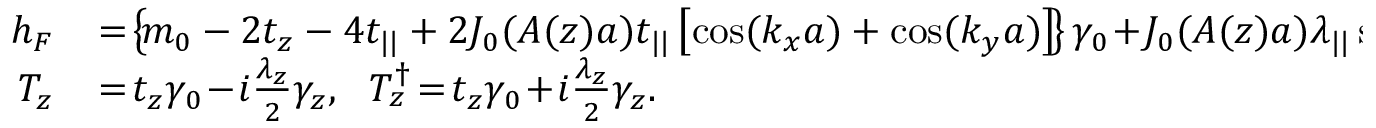
\begin{array} { r l } { h _ { F } } & { { } \! = \! \left\{ \! m _ { 0 } - 2 t _ { z } - 4 t _ { | | } + 2 { \cal J } _ { 0 } ( A ( z ) a ) t _ { | | } \left[ \cos ( k _ { x } a ) + \cos ( k _ { y } a ) \right] \! \right\} \gamma _ { 0 } \! + \! { \cal J } _ { 0 } ( A ( z ) a ) \lambda _ { | | } \sin ( k _ { x } a ) \gamma _ { x } \! + \! { \cal J } _ { 0 } ( A ( z ) a ) \lambda _ { | | } \sin ( k _ { y } a ) \gamma _ { y } } \\ { T _ { z } } & { { } \! = \! t _ { z } \gamma _ { 0 } \! - \! i \frac { \lambda _ { z } } { 2 } \gamma _ { z } , ~ ~ T _ { z } ^ { \dagger } \! = \! t _ { z } \gamma _ { 0 } \! + \! i \frac { \lambda _ { z } } { 2 } \gamma _ { z } . } \end{array}